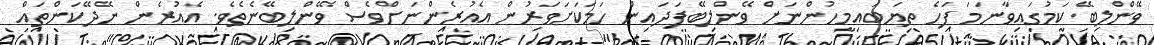
ވޭންލިބޭ ކަމުގައިވާނަމަ ފަހެ ތިޔަބައިމީހުންނަށް ވޭންލިބޭފަދައިން ހަމަކަށަވަރުން އެއުރެންނަށްވެސް ވޭންލިބޭނެތެވެ. އެއުރެން ނޭދޭކަންތައް